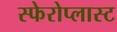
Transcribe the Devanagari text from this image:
स्फेरोप्लास्ट